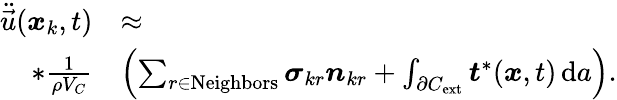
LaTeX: \begin{array}{rl}{\ddot{\vec{u}}(\boldsymbol{x}_{k},t)}&{\approx}\\ {*\frac{1}{\rho{V_{C}}}}&{\left(\sum_{r\in\mathrm{Neighbors}}\boldsymbol{\sigma}_{kr}\boldsymbol{n}_{kr}+\int_{\partial{C}_{\mathrm{ext}}}\boldsymbol{t}^{*}(\boldsymbol{x},t)\, \mathrm{d}a\right).}\end{array}